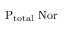
\mathrm { P _ { t o t a l } \ N o r }